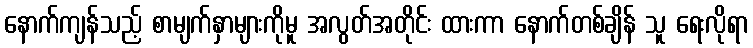
နောက်ကျန်သည့် စာမျက်နှာများကိုမူ အလွတ်အတိုင်း ထားကာ နောက်တစ်ချိန် သူ ရေးလိုရာ